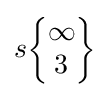
s{\begin{Bmatrix}\infty \\3\end{Bmatrix}}